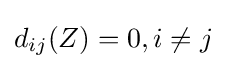
d_{ij}(Z)=0,i\neq j